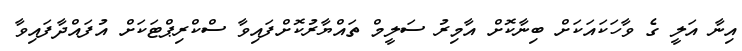
އިނާ އަލީ ގެ ވާހަކައަކަށް ބިނާކޮށް އާމިރު ސަލީމް ތައްޔާރުކޮށްފައިވާ ސްކްރިޕްޓަކަށް އުފައްދާފައިވާ